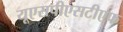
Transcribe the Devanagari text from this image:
यूएसपीएसटीएफ